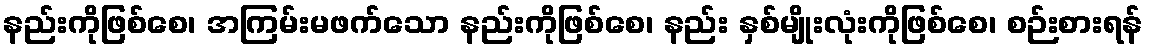
နည်းကိုဖြစ်စေ၊ အကြမ်းမဖက်သော နည်းကိုဖြစ်စေ၊ နည်း နှစ်မျိုးလုံးကိုဖြစ်စေ၊ စဉ်းစားရန်